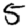
Digit: 5